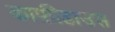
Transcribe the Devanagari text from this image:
काफ़ीहाउस